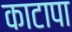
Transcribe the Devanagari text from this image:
काटापा